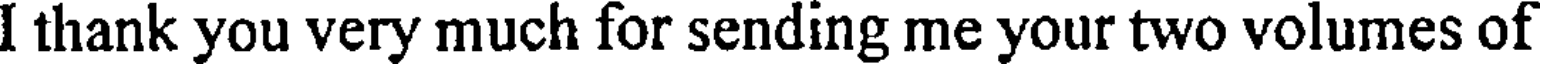
I thank you very much for sending me your two volumes of